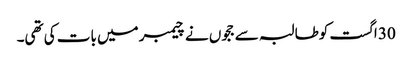
30 اگست کوطالبہ سے ججوں نے چیمبر میں بات کی تھی۔